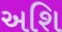
અશિ